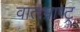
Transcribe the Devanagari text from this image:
वातभ्राष्ट्र